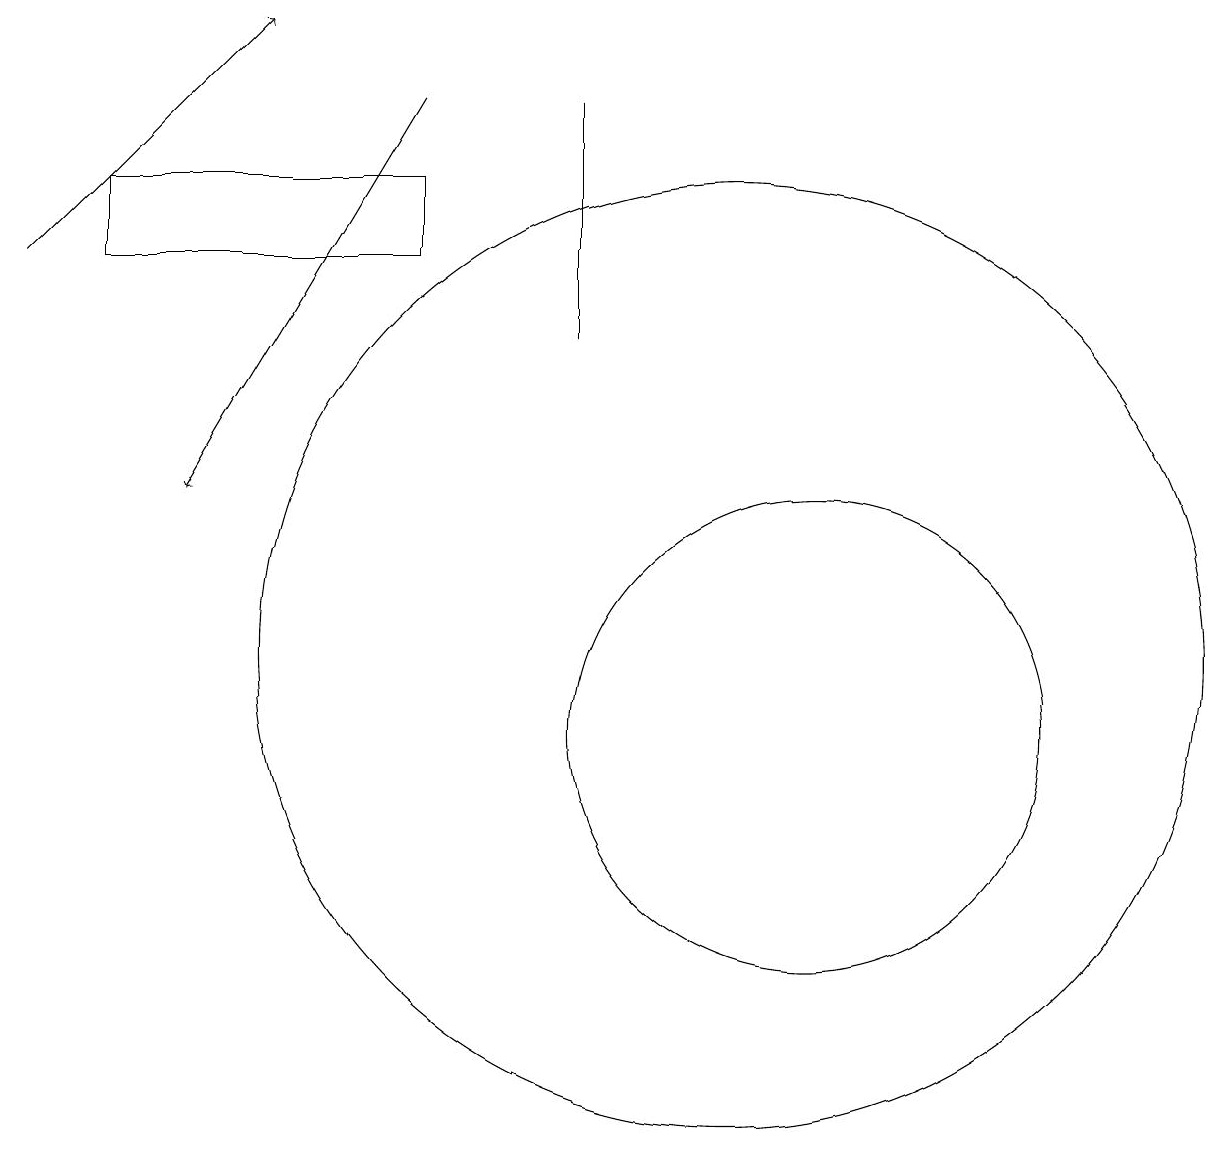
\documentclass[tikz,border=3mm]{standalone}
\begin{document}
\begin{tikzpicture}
\draw (9,15) rectangle (9,18);
\draw (12,10) circle (3);
\draw (11,11) circle (6);
\draw[->] (7,18) -- (4,13);
\draw (7,16) rectangle (3,17);
\draw[->] (2,16) -- (5,19);
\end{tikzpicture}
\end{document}